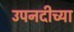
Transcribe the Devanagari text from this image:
उपनदीच्या